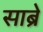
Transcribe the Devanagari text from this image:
साब्रे